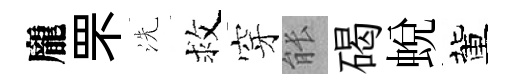
龐罘洗救穿䏻碣蜕董